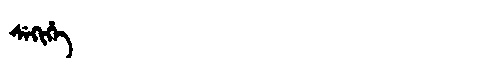
Manchu: ᠰᡝᡴᡳᡥᡝ
Romanization: SEKIHE